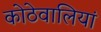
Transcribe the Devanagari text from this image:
कोठेवालियां